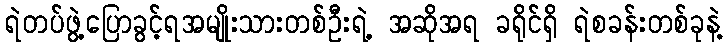
ရဲတပ်ဖွဲ့ပြောခွင့်ရအမျိုးသားတစ်ဦးရဲ့ အဆိုအရ ခရိုင်ရှိ ရဲစခန်းတစ်ခုနဲ့